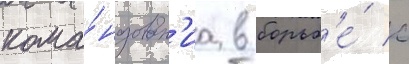
кома́ндован'иа в борьб'е́ с